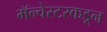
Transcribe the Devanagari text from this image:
मॅन्चेस्टरकडून